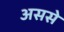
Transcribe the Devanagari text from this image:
अससे